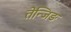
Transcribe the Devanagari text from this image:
तेन्जिङ